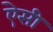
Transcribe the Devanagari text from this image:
एेसी